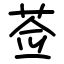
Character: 莶